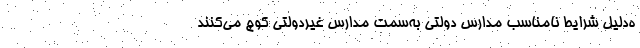
ه‌دلیل شرایط نامناسب مدارس دولتی به‌سمت مدارس غیردولتی کوچ می‌کنند